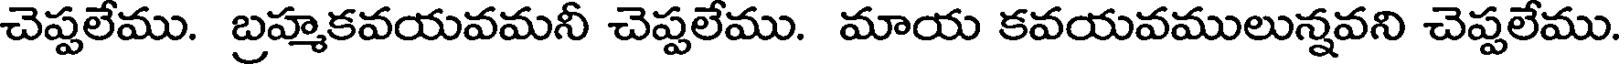
చెప్పలేము. బ్రహ్మకవయవమనీ చెప్పలేము. మాయ కవయవములున్నవని చెప్పలేము.